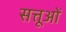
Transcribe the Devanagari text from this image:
सत्तूओं